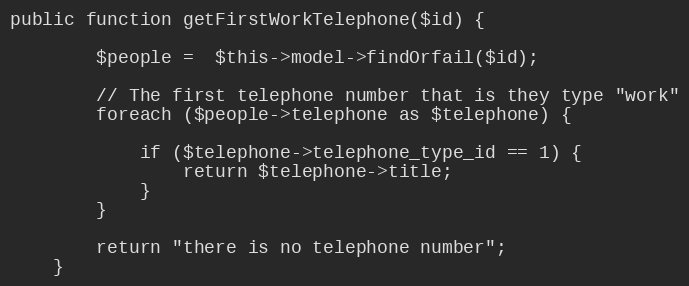
Language: PHP
public function getFirstWorkTelephone($id) {

        $people =  $this->model->findOrfail($id);

        // The first telephone number that is they type "work"
        foreach ($people->telephone as $telephone) {

            if ($telephone->telephone_type_id == 1) {
                return $telephone->title;
            }
        }

        return "there is no telephone number";
    }